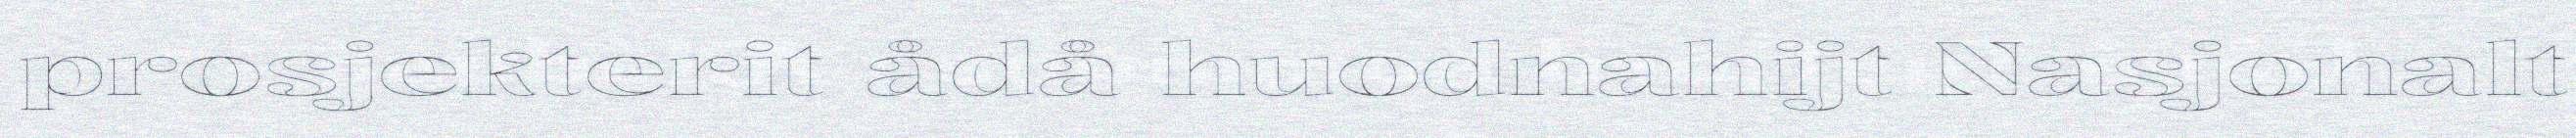
prosjekterit ådå huodnahijt Nasjonalt